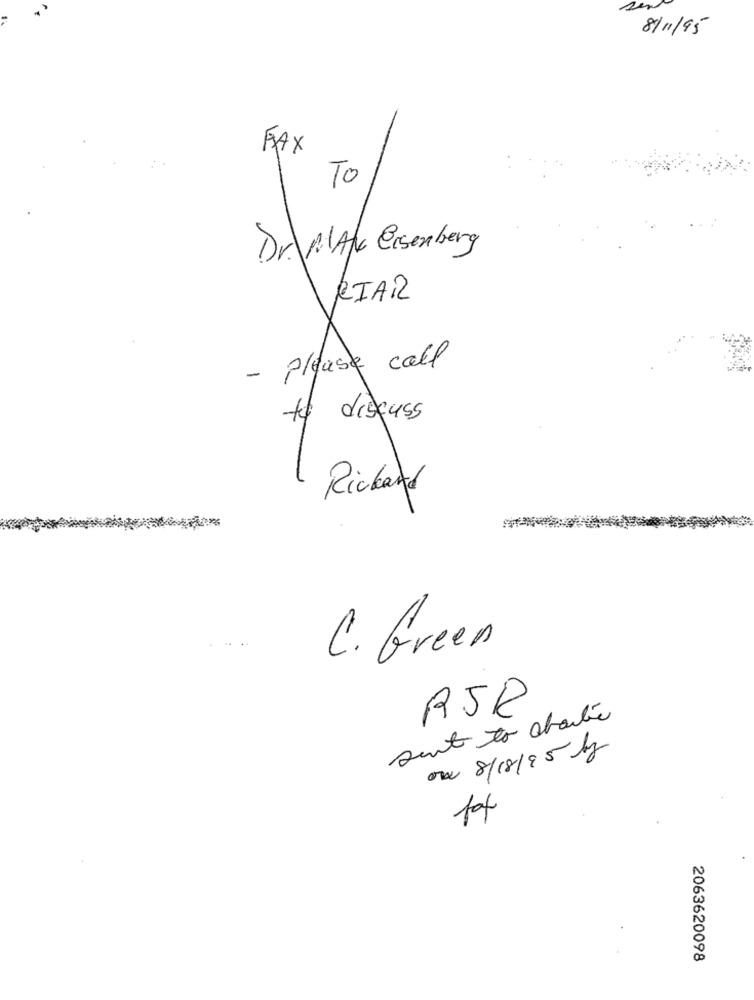
8/11/95
FAX
To
Dr. AlAK Eisenberg
RIA
- please call
to discuss
Rickard
C. Green
RSP
sent to aboute
ora 8/18/95 kg
2063620098